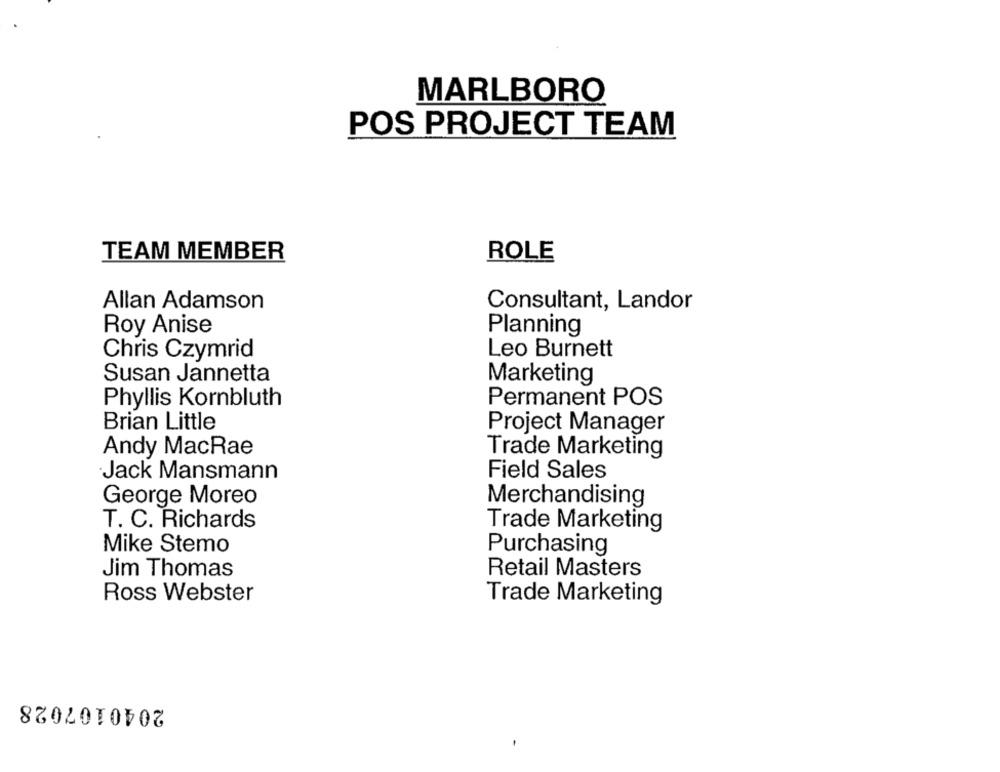
MARLBORO
POS PROJECT TEAM
TEAM MEMBER
ROLE
Allan Adamson
Consultant, Landor
Roy Anise
Planning
Chris Czymrid
Leo Burnett
Susan Jannetta
Marketing
Phyllis Kornbluth
Permanent POS
Brian Little
Project Manager
Andy MacRae
Trade Marketing
Jack Mansmann
Field Sales
George Moreo
Merchandising
T. C. Richards
Trade Marketing
Mike Stemo
Purchasing
Jim Thomas
Retail Masters
Ross Webster
Trade Marketing
2040107028